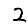
Digit: 2